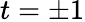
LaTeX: t=\pm 1